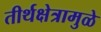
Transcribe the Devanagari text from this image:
तीर्थक्षेत्रामुळे